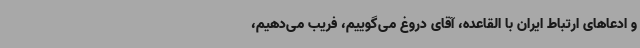
و ادعاهای ارتباط ایران با القاعده، آقای دروغ می‌گوییم، فریب می‌دهیم،